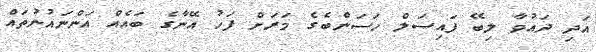
އަދި ދައުވާ ލިބޭ ފައިސަލް ހަސަންބެގެ މަރަށް ފަހު އޭނާގެ ބައެއް އަންނައުނުތައް